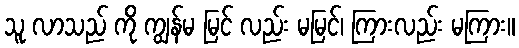
သူ လာသည် ကို ကျွန်မ မြင် လည်း မမြင်၊ ကြားလည်း မကြား။